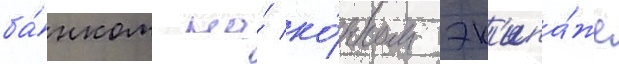
ба́нком на́ ко́нном эк'ипа́же